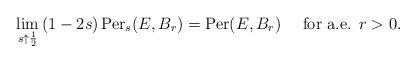
LaTeX: \begin{align*} \lim_{s\uparrow\frac{1}{2}}\,(1-2s)\,\hbox{Per}_s(E,B_r)=\hbox{Per}(E,B_r)\quad\hbox{ for a.e. }r>0.\end{align*}